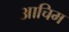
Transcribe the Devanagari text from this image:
आचिम